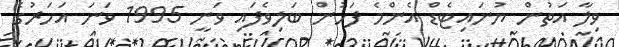
ވިލާ އަތުން ޔުނައިޓެޑް އެންމެ ފަހުން ބަލިވެފައި ވަނީ 1995 ވަނަ އަހަރުގެ